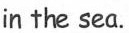
in the sea.